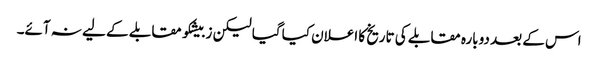
اس کے بعد دوبارہ مقابلے کی تاریخ کا اعلان کیا گیا لیکن زبیشکو مقابلے کے لیے نہ آئے۔